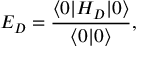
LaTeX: E _ { D } = \frac { \langle 0 | H _ { D } | 0 \rangle } { \langle 0 | 0 \rangle } ,